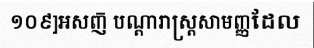
១០៩]អសញ៑ បណ្តារាស្ត្រសាមញ្ញដែល